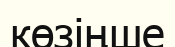
көзіңше